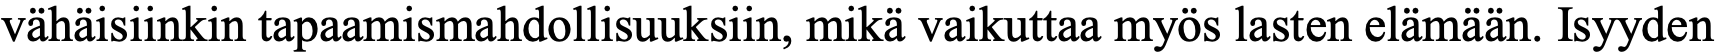
vähäisiinkin tapaamismahdollisuuksiin, mikä vaikuttaa myös lasten elämään. Isyyden